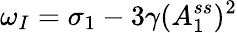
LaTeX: \omega_{I}=\sigma_{1}-3\gamma(A_{1}^{ss})^{2}